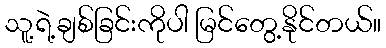
သူ့ရဲ့ချစ်ခြင်းကိုပါ မြင်တွေ့နိုင်တယ်။